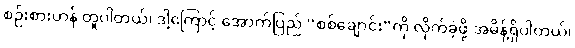
စဉ်းစားဟန် တူပါတယ်၊ ဒါ့ကြောင့် အောက်ပြည် “စစ်ချောင်း”ကို လိုက်ခဲ့ဖို့ အမိန့်ရှိပါတယ်၊